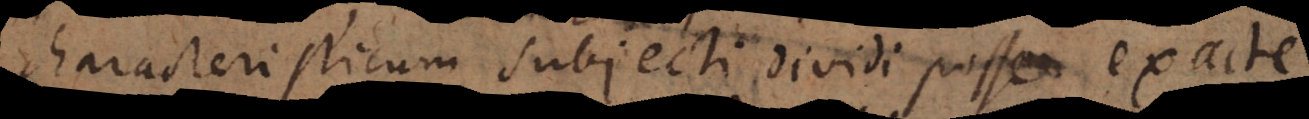
characteristicum subjecti dividi posse